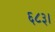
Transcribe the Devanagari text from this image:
६८३।